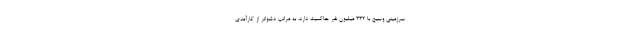
سرزمینی وسیع با 332 میلیون نفر حاکمیت دارد، به مراتب دشواتر از کارآمدی